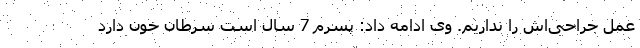
عمل جراحی‌اش را نداریم. وی ادامه داد: پسرم 7 سال است سرطان خون دارد